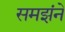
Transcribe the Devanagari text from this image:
समझंने